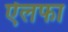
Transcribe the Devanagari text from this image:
ऐलफा